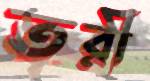
তরী